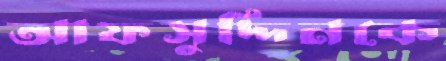
আফসুদ্দিনকে